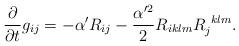
\begin{align*}\frac{\partial}{\partial t}g_{ij}=-\alpha'R_{ij}-\frac{\alpha'^2}{2}R_{iklm}R_{j}^{~klm}.\end{align*}